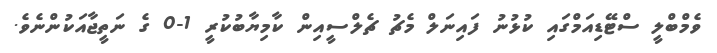
ވެމްބްލީ ސްޓޭޑިއަމްގައި ކުޅުނު ފައިނަލް މެޗު ޗެލްސީއިން ކާމިޔާބުކުރީ 1-0 ގެ ނަތީޖާއަކުންނެވެ.